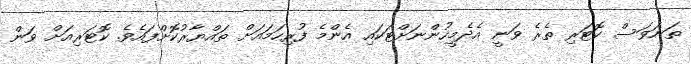
ތަނަވަސް ކޮޓަރި ތެރެ ވަނީ އެދެމީހުންނަށްޓަކައި އެންމެ ފުރިިހަމައަށް ތައްޔާރުކޮށްފައެވެ. ކޮޓަރިއަށް ވަން